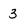
Character: 3